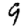
Digit: 9